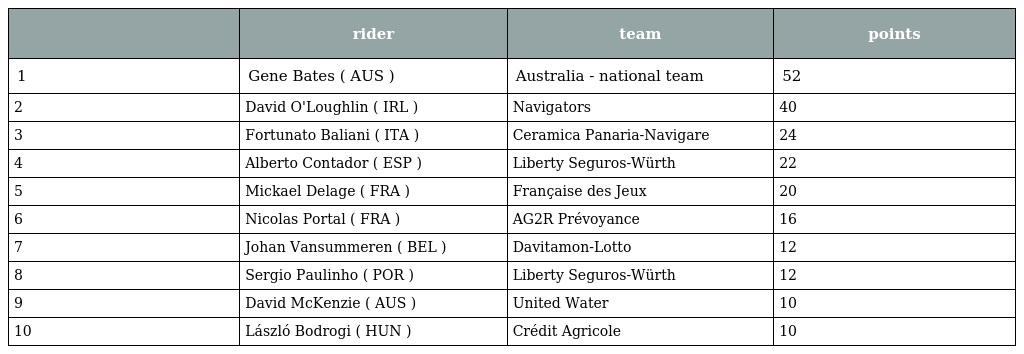
|  | rider | team | points |
 | --- | --- | --- | --- |
 | 1 | Gene Bates ( AUS ) | Australia - national team | 52 |
 | 2 | David O'Loughlin ( IRL ) | Navigators | 40 |
 | 3 | Fortunato Baliani ( ITA ) | Ceramica Panaria-Navigare | 24 |
 | 4 | Alberto Contador ( ESP ) | Liberty Seguros-Würth | 22 |
 | 5 | Mickael Delage ( FRA ) | Française des Jeux | 20 |
 | 6 | Nicolas Portal ( FRA ) | AG2R Prévoyance | 16 |
 | 7 | Johan Vansummeren ( BEL ) | Davitamon-Lotto | 12 |
 | 8 | Sergio Paulinho ( POR ) | Liberty Seguros-Würth | 12 |
 | 9 | David McKenzie ( AUS ) | United Water | 10 |
 | 10 | László Bodrogi ( HUN ) | Crédit Agricole | 10 |